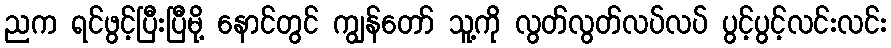
ညက ရင်ဖွင့်ပြီးပြီမို့ နောင်တွင် ကျွန်တော် သူ့ကို လွတ်လွတ်လပ်လပ် ပွင့်ပွင့်လင်းလင်း